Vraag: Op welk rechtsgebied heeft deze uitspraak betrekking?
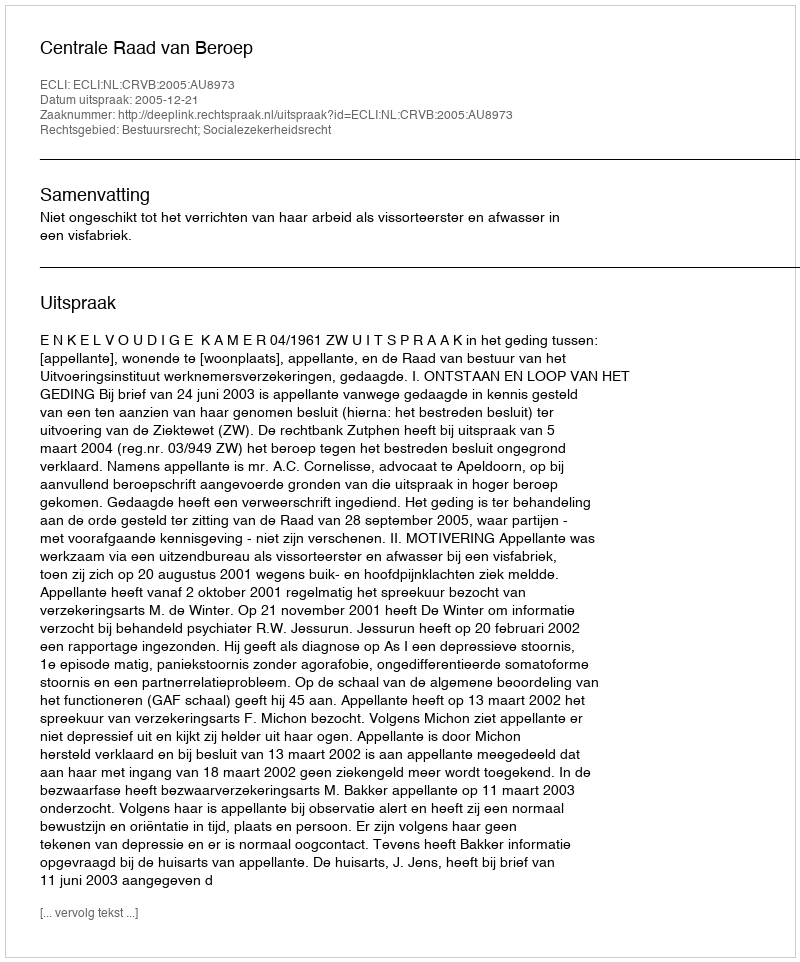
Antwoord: Bestuursrecht; Socialezekerheidsrecht